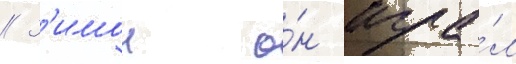
// З'имои о́н игра́л